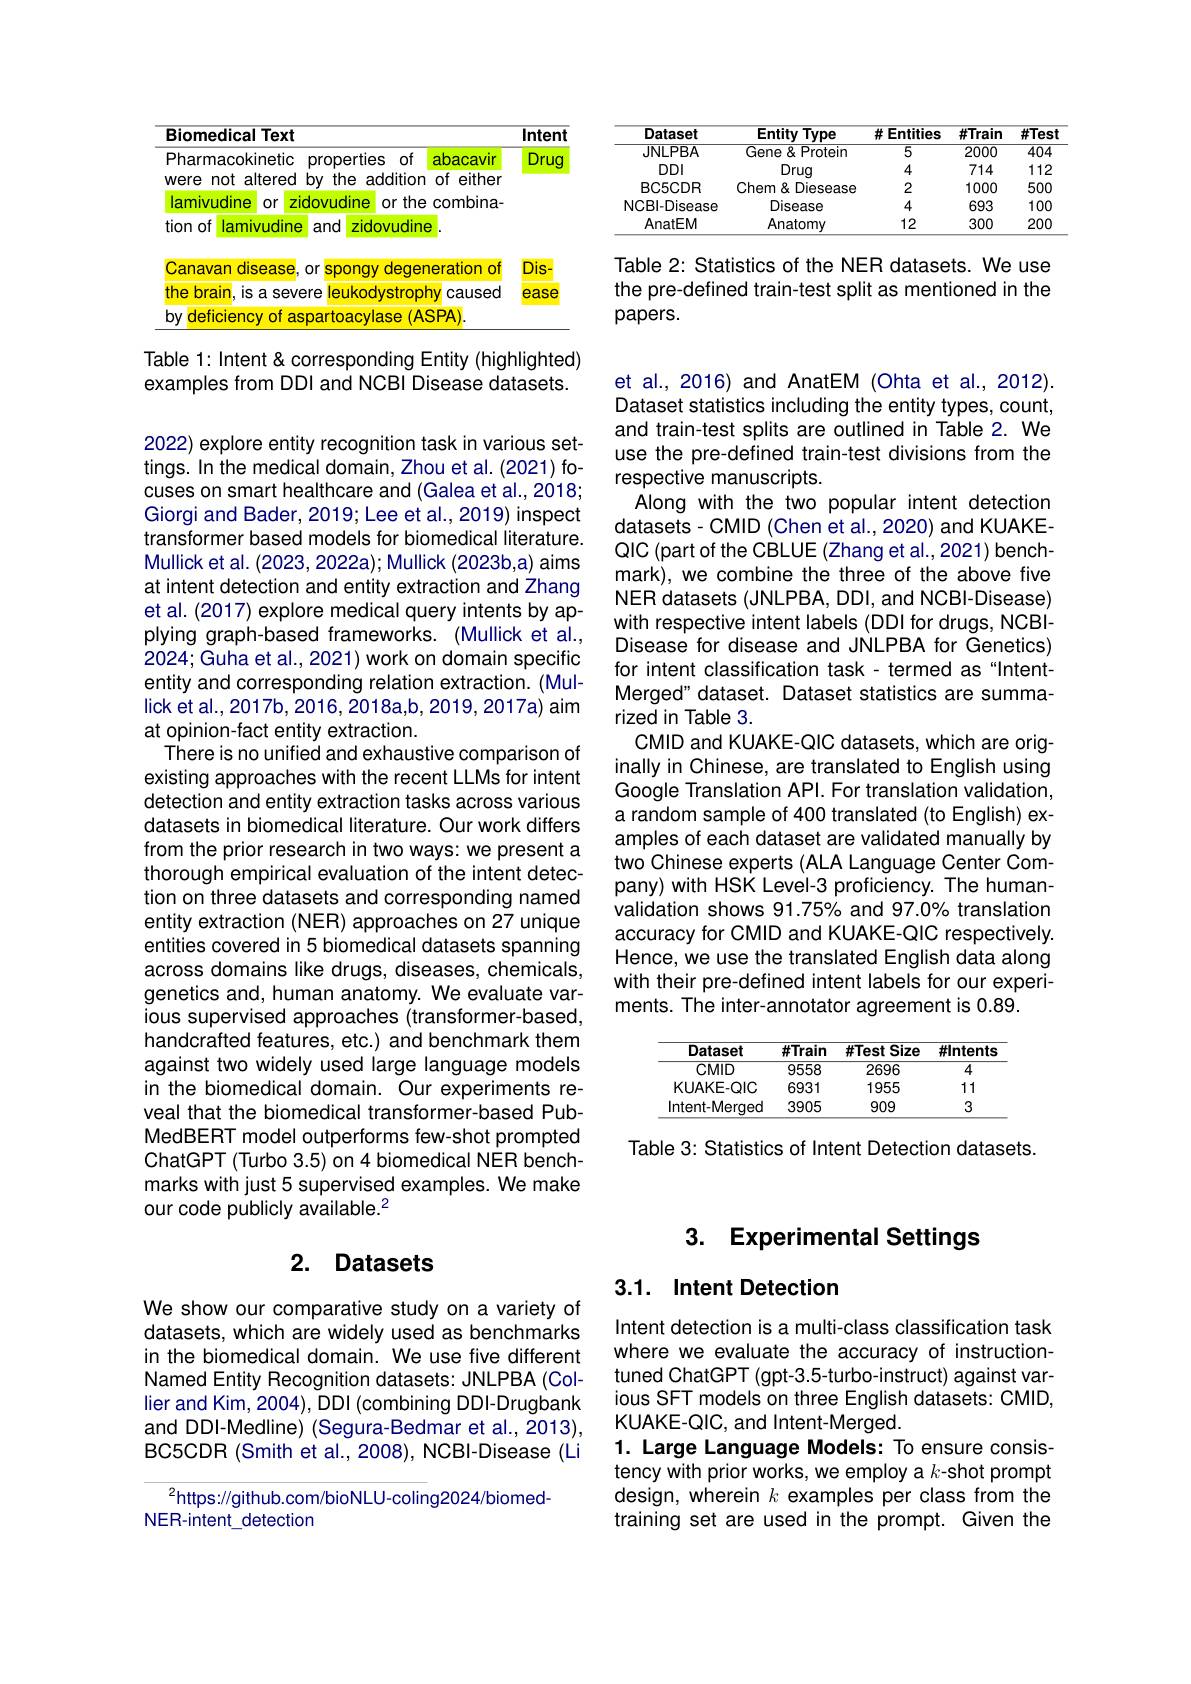
<table>
	<tbody>
		<tr>
			<th>Biomedical Text</th>
			<th> </th>
			<th>Intent</th>
		</tr>
		<tr>
			<td>Pharmacokinetic properties of</td>
			<td>abacavir</td>
			<td>Drug</td>
		</tr>
		<tr>
			<td>were not altered by the addition</td>
			<td>of either</td>
			<td> </td>
		</tr>
		<tr>
			<td>lamivudine Or zidovudine or the</td>
			<td>combina-</td>
			<td> </td>
		</tr>
		<tr>
			<td>tion of lamivudine and zidovudine</td>
			<td>$\frac{2}{2}$</td>
			<td> </td>
		</tr>
		<tr>
			<td>Canavan 1 disease $Or$ spongy deger</td>
			<td>reration Of</td>
			<td>$Dis-$</td>
		</tr>
		<tr>
			<td>the brain is a severe leukodystropl</td>
			<td>$7y$ caused</td>
			<td>ease</td>
		</tr>
		<tr>
			<td>$bv$ deficiency of aspartoacylase (AS</td>
			<td>$SPA)$</td>
			<td> </td>
		</tr>
	</tbody>
</table>

Table 1: Intent & corresponding Entity (highlighted) examples from DDI and NCBI Disease datasets.

2022) explore entity recognition task in various settings. In the medical domain, Zhou et al. (2021) focuses on smart healthcare and (Galea et al., 2018; Giorgi and Bader, 2019; Lee et al., 2019) inspect transformer based models for biomedical literature. Mullick et al. (2023,2022a); Mullick (2023b,a) aims at intent detection and entity extraction and Zhang et al. (2017) explore medical query intents by applying graph-based frameworks. (Mullick et al., 2024; Guha et al., 2021) work on domain specific entity and corresponding relation extraction. (Mullick et al., 2017b, 2016, 2018a, b, 2019, 2017a) aim at opinion-fact entity extraction.
There is no unified and exhaustive comparison of existing approaches with the recent LLMs for intent detection and entity extraction tasks across various datasets in biomedical literature. Our work differs from the prior research in two ways: we present a thorough empirical evaluation of the intent detection on three datasets and corresponding named entity extraction (NER) approaches on 27 unique entities covered in 5 biomedical datasets spanning across domains like drugs, diseases, chemicals, genetics and, human anatomy. We evaluate various supervised approaches (transformer-based, handcrafted features, etc.) and benchmark them against two widely used large language models in the biomedical domain. Our experiments reveal that the biomedical transformer-based PubMedBERT model outperforms few-shot prompted ChatGPT (Turbo 3.5) on 4 biomedical NER benchmarks with just 5 supervised examples. We make our code publicly available.$^{2}$

### 2. Datasets

We show our comparative study on a variety of datasets, which are widely used as benchmarks in the biomedical domain. We use five different Named Entity Recognition datasets: JNLPBA (Collier and Kim, 2004), DDI (combining DDI-Drugbank and DDI-Medline) (Segura-Bedmar et al., 2013), BC5CDR (Smith et al., 2008), NCBI-Disease (Li

$^{2}$https://github.com/bioNLU-coling2024/biomed-
NER-intent\_detection

<table>
	<tbody>
		<tr>
			<th>Dataset</th>
			<th>Entity Type</th>
			<th>$\#E$ Entities</th>
			<th>#Train</th>
			<th>$\#Test$</th>
		</tr>
		<tr>
			<td>JNLPBA</td>
			<td>Gene& Protein</td>
			<td>$\overline{5}$</td>
			<td>2000</td>
			<td>$\overline{404}$</td>
		</tr>
		<tr>
			<td>DDI</td>
			<td>Drug</td>
			<td>4</td>
			<td>714</td>
			<td>112</td>
		</tr>
		<tr>
			<td>BC5CDR</td>
			<td>Chem& Diesease</td>
			<td>2</td>
			<td>1000</td>
			<td>500</td>
		</tr>
		<tr>
			<td>NCBI-Disease</td>
			<td>Disease</td>
			<td>4</td>
			<td>693</td>
			<td>100</td>
		</tr>
		<tr>
			<td>AnatEM</td>
			<td>Anatomy</td>
			<td>12</td>
			<td>300</td>
			<td>200</td>
		</tr>
	</tbody>
</table>

Table 2: Statistics of the NER datasets. We use the pre-defined train-test split as mentioned in the papers.

et al., 2016) and AnatEM (Ohta et al., 2012). Dataset statistics including the entity types, count, and train-test splits are outlined in Table 2. We use the pre-defined train-test divisions from the respective manuscripts.
Along with the two popular intent detection datasets- CMID ( Chen et al., 2020) and KUAKEQIC (part of the CBLUE (Zhang et al., 2021) benchmark), we combine the three of the above five NER datasets (JNLPBA, DDI, and NCBI-Disease) with respective intent labels (DDI for drugs, NCBIDisease for disease and JNLPBA for Genetics) for intent classification task- termed as"IntentMerged" dataset. Dataset statistics are summarized in Table 3.
CMID and KUAKE-QIC datasets, which are originally in Chinese, are translated to English using Google Translation APl. For translation validation, a random sample of 400 translated (to English) examples of each dataset are validated manually by two Chinese experts (ALA Language Center Company) with HSK Level-3 proficiency. The humanvalidation shows 91.75% and 97.0% translation accuracy for CMID and KUAKE-QIC respectively. Hence, we use the translated English data along with their pre-defined intent labels for our experiments. The inter-annotator agreement is 0.89.

<table>
	<tbody>
		<tr>
			<th>Dataset</th>
			<th>#Train</th>
			<th>#Test: Size</th>
			<th>#lntents</th>
		</tr>
		<tr>
			<td>$CMID$</td>
			<td>9558</td>
			<td>2696</td>
			<td>4</td>
		</tr>
		<tr>
			<td>KUAKE-QIC</td>
			<td>6931</td>
			<td>1955</td>
			<td>11</td>
		</tr>
		<tr>
			<td>Intent-Merqed</td>
			<td>3905</td>
			<td>909</td>
			<td>3</td>
		</tr>
	</tbody>
</table>

Table 3: Statistics of Intent Detection datasets.

## 3. Experimental Settings

## 3.1. Intent Detection

Intent detection is a multi-class classification task where we evaluate the accuracy of instructiontuned ChatGPT (gpt-3.5-turbo-instruct) against various SFT models on three English datasets: CMID, KUAKE-QIC, and Intent-Merged.
1. Large Language Models: To ensure consistency with prior works, we employ a $k$-shot prompt design, wherein $k$ examples per class from the training set are used in the prompt. Given the